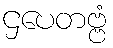
ဌပေတဗ္ဗံ